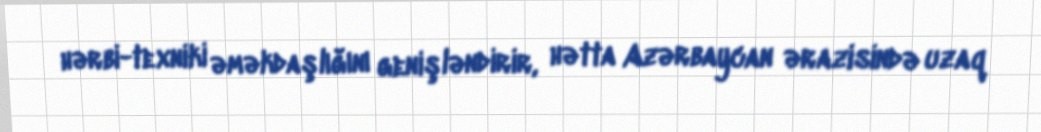
hərbi-texniki əməkdaşlığını genişləndirir, hətta Azərbaycan ərazisində uzaq